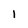
Character: l